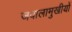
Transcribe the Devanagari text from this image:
जवालामुखीयों